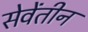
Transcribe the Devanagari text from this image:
सेवेंतीन